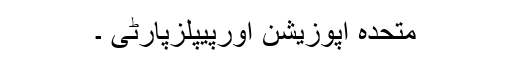
متحدہ اپوزیشن اورپیپلزپارٹی ۔